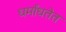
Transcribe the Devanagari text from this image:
धर्मांधतेत